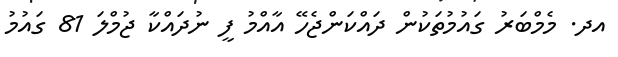
އދ. މެމްބަރު ގައުމުތަކުން ދައްކަންޖެހޭ އާއްމު ފީ ނުދައްކާ ޖުމްލަ 81 ގައުމު